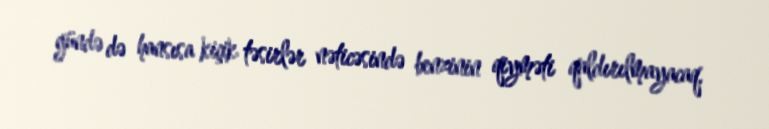
gündə də hansısa kiçik təsirlər nəticəsində benzinin qiyməti qaldırılmayacaq.